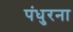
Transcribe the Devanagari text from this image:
पंधुरना